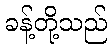
ခန့်တို့သည်